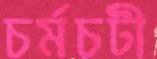
চর্মচটী